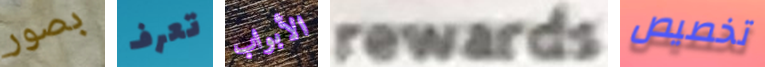
بصور تعرف الأبواب rewards تخصيص